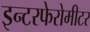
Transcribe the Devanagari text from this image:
इन्टरफेरोमीटर